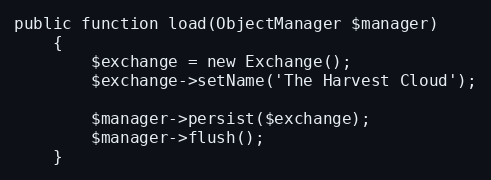
Language: PHP
public function load(ObjectManager $manager)
    {
        $exchange = new Exchange();
        $exchange->setName('The Harvest Cloud');

        $manager->persist($exchange);
        $manager->flush();
    }